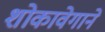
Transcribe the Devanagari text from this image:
शोकावेगाने